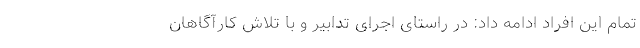
تمام این افراد ادامه داد: در راستای اجرای تدابیر و با تلاش کارآگاهان